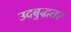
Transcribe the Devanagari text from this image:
उदबुद्धतर